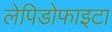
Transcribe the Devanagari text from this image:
लेपिडोफाइटा